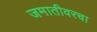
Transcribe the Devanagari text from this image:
जमातीवरचा